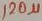
Text: 120µ